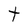
Character: t